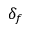
\delta _ { f }